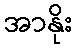
အာနိုး